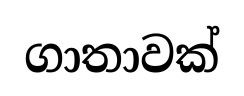
ගාතාවක්